Scientific memoirs by medical officers of the Army of India - Part X,
Year: 1897
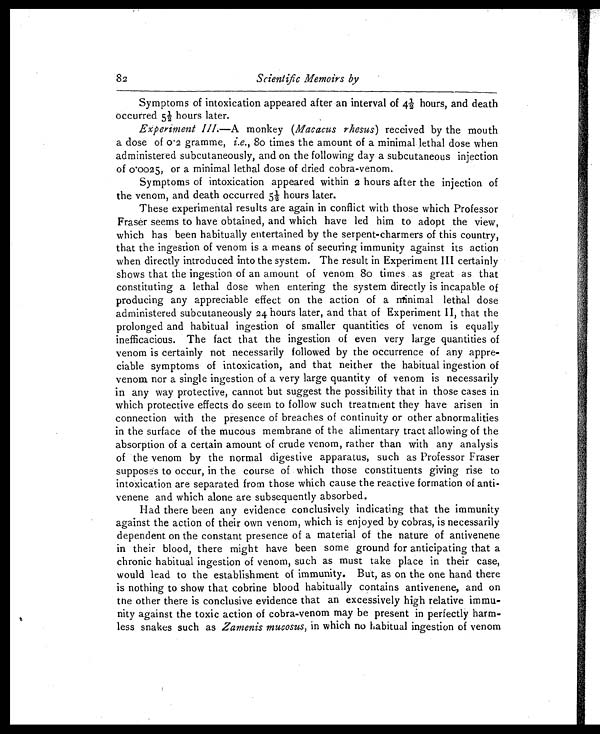
82
Scientific Memoirs by
Symptoms of intoxication appeared after an interval of 4½ hours, and death
occurred 5½ hours later.
Experiment III. —A monkey (Macacus rhesus ) received by the mouth
a dose of 0.2 gramme, i.e. , 80 times the amount of a minimal lethal dose when
administered subcutaneously, and on the following day a subcutaneous injection
of 0.0025, or a minimal lethal dose of dried cobra-venom.
Symptoms of intoxication appeared within 2 hours after the injection of
the venom, and death occurred 5½ hours later.
These experimental results are again in conflict with those which Professor
Fraser seems to have obtained, and which have led him to adopt the view,
which has been habitually entertained by the serpent-charmers of this country,
that the ingestion of venom is a means of securing immunity against its action
when directly introduced into the system. The result in Experiment III certainly
shows that the ingestion of an amount of venom 80 times as great as that
constituting a lethal dose when entering the system directly is incapable of
producing any appreciable effect on the action of a minimal lethal dose
administered subcutaneously 24 hours later, and that of Experiment 11, that the
prolonged and habitual ingestion of smaller quantities of venom is equally
inefficacious. The fact that the ingestion of even very large quantities of
venom is certainly not necessarily followed by the occurrence of any appre-
ciable symptoms of intoxication, and that neither the habitual ingestion of
venom nor a single ingestion of a very large quantity of venom is necessarily
in any way protective, cannot but suggest the possibility that in those cases in
which protective effects do seem to follow such treatment they have arisen in
connection with the presence of breaches of continuity or other abnormalities
in the surface of the mucous membrane of the alimentary tract allowing of the
absorption of a certain amount of crude venom, rather than with any analysis
of the venom by the normal digestive apparatus, such as Professor Fraser
supposes to occur, in the course of which those constituents giving rise to
intoxication are separated from those which cause the reactive formation of anti-
venene and which alone are subsequently absorbed.
Had there been any evidence conclusively indicating that the immunity
against the action of their own venom, which is enjoyed by cobras, is necessarily
dependent on the constant presence of a material of the nature of antivenene
in their blood, there might have been some ground for anticipating that a
chronic habitual ingestion of venom, such as must take place in their case,
would lead to the establishment of immunity. But, as on the one hand there
is nothing to show that cobrine blood habitually contains antivenene, and on
the other there is conclusive evidence that an excessively high relative immu-
nity against the toxic action of cobra-venom may be present in perfectly harm-
less snakes such as Zamenis mucosus, in which no habitual ingestion of venom